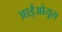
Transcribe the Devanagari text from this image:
आईओयूस